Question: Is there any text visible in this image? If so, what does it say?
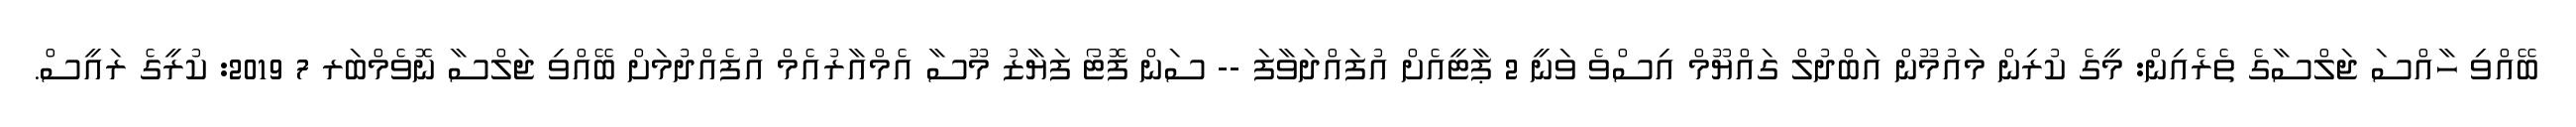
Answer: ބޭއްވި ހާއްސަ ޖަލްސާގެ ތެރެއިން: މީގެ ކުރިން މައުމޫން އަބްދުލް ގައްޔޫމް އިސްވެ ވަނީ 2 ޕާޓީއެށް އުފައްދަވާފަ -- ސަން ފޮޓޯ ފަޔާޒު މޫސާ އެމްއާރުއެމް އުފެއްދުމަށް ބޭއްވި ޖަލްސާ ނޮވެމްބަރ 7 2019: ކުރީގެ ރައީސް.